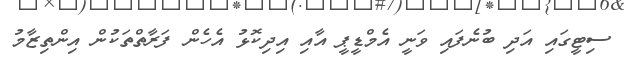
ސިޓީގައި އަދި ބުނެފައި ވަނީ އެމްޑީޕީ އާއި އިދިކޮޅު އެހެން ފަރާތްތަކުން އިންތިޒާމު